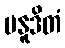
ပနူဒိတံ